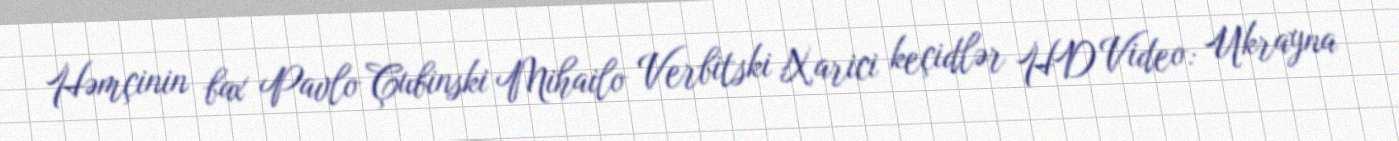
Həmçinin bax Pavlo Çubinski Mihailo Verbitski Xarici keçidlər HD Video: Ukrayna